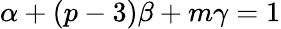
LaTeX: \alpha+(p-3)\beta+m\gamma=1